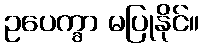
ဥပေက္ခာ မပြုနိုင်။